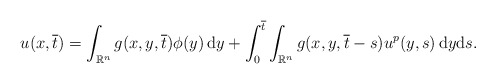
\begin{align*} u(x,\overline{t})= \int_{\mathbb{R}^{n}}g(x,y,\overline{t})\phi(y)\,\mathrm{d}y +\int_{0}^{\overline{t}}\int_{\mathbb{R}^{n}}g(x,y,\overline{t}-s) u^{p}(y,s)\,\mathrm{d}y\mathrm{d}s. \end{align*}